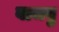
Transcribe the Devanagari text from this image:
वाजवु